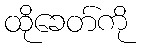
ထိုခေတ်ကို